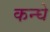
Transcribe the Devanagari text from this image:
कन्घे